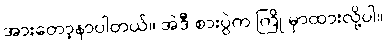
အားတော့နာပါတယ်။ အဲဒီ စားပွဲက ကြို မှာထားလို့ပါ။